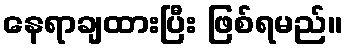
နေရာချထားပြီး ဖြစ်ရမည်။